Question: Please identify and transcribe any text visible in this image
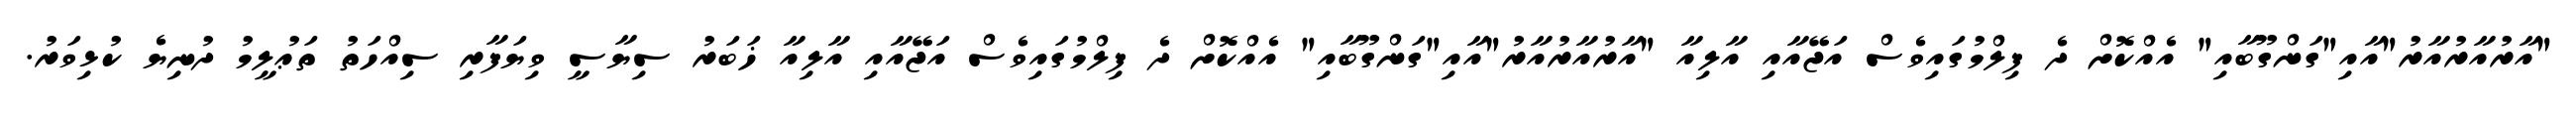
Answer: "އާރުއާރުއާރު"އާއި"ގަންގޫބާއި" އެއްކޮށް ދެ ފިލްމުގައިވެސް އަޖޭއާއި އާލިއާ "އާރުއާރުއާރު"އާއި"ގަންގޫބާއި" އެއްކޮށް ދެ ފިލްމުގައިވެސް އަޖޭއާއި އާލިއާ ޚަބަރު ސިޔާސީ ވިޔަފާރި ސިއްހަތު ތަޢުލީމު ދުނިޔެ ކުޅިވަރު.